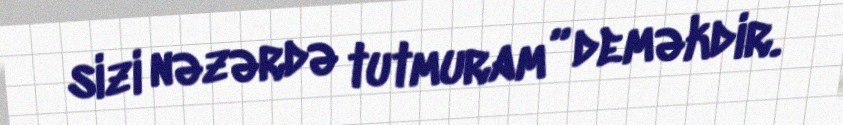
sizi nəzərdə tutmuram” deməkdir.